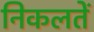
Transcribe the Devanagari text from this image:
निकलतें